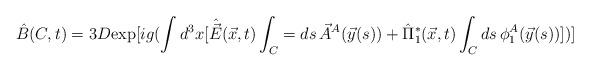
LaTeX: \begin{align*}\hat{B}(C,t)=3D\mbox{exp}[ig(\int d^3x[\hat{\vec{E}}(\vec{x},t)\int_C= ds\,{\vec{A}}^A (\vec{y} (s))+{\hat{\Pi}}_1^* (\vec{x},t)\int_C ds\, \phi^A_1 (\vec{y}(s))])]\end{align*}